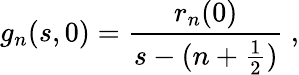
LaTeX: g_{n}(s,0)=\frac{r_{n}(0)}{s-(n+\frac{1}{2})}\ ,